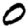
Digit: 0